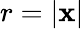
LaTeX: r=|\mathbf{x}|